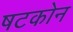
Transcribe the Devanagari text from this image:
षटकोन